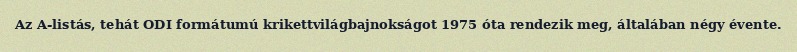
Az A-listás, tehát ODI formátumú krikettvilágbajnokságot 1975 óta rendezik meg, általában négy évente.